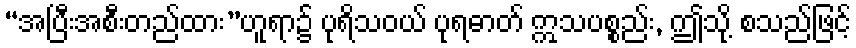
“အပြီးအစီးတည်ထား”ဟူရာ၌ ပုရိသဝယ် ပုရဓာတ် ဣသပစ္စည်း, ဤသို့ စသည်ဖြင့်